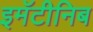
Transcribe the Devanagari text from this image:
इमॅटीनिब